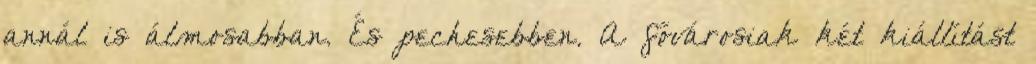
annál is álmosabban. És pechesebben. A fővárosiak két kiállítást